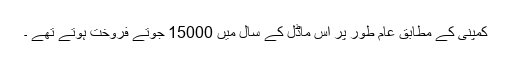
کمپنی کے مطابق عام طور پر اس ماڈل کے سال میں 15000 جوتے فروخت ہوتے تھے ۔